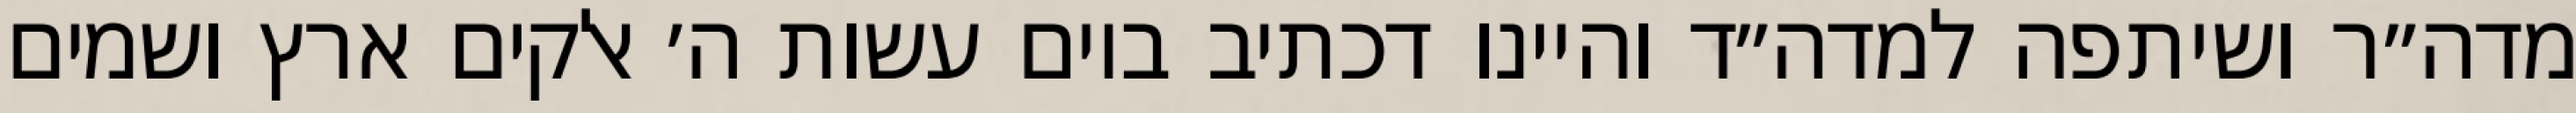
מדה״ר ושיתפה למדה״ד והיינו דכתיב ביום עשות ה׳ אלקים ארץ ושמים